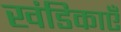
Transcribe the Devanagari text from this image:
खंडिकाएँ